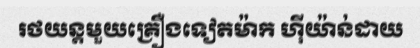
រថយន្តមួយគ្រឿងទៀតម៉ាក ហ៊ីយ៉ាន់ដាយ